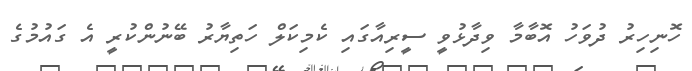
ހޮނިހިރު ދުވަހު އޮބާމާ ވިދާޅުވީ ސީރިއާގައި ކެމިކަލް ހަތިޔާރު ބޭނުންކުރީ އެ ގައުމުގެ